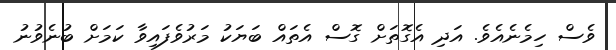
ވެސް ހިމެނެއެވެ. އަދި އެގޮތަށް ގޮސް އެތައް ބަޔަކު މަރުވެފައިވާ ކަމަށް ބުނެވުނު